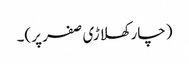
(چار کھلاڑی صفر پر)۔